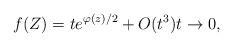
LaTeX: \begin{align*}f(Z)=te^{\varphi(z)/2}+O(t^3) t\to 0,\end{align*}